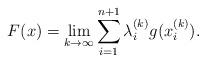
LaTeX: \begin{align*}F(x)=\lim_{k\to\infty}\sum_{i=1}^{n+1}\lambda_{i}^{(k)}g(x_{i}^{(k)}).\end{align*}